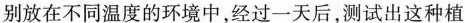
别放在不同温度的环境中，经过一天后，测试出这种植